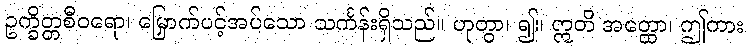
ဥက္ခိတ္တစီဝရော၊ မြှောက်ပင့်အပ်သော သင်္ကန်းရှိသည်။ ဟုတွာ၊ ၍။ ဣတိ အတ္ထော၊ ဤကား